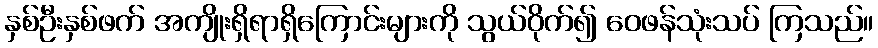
နှစ်ဦးနှစ်ဖက် အကျိုးရှိရာရှိကြောင်းများကို သွယ်ဝိုက်၍ ဝေဖန်သုံးသပ် ကြသည်။